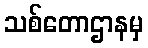
သစ်တောဌာနမှ